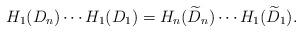
LaTeX: \begin{align*}H_1(D_n)\cdots H_1(D_1) = H_{n}(\widetilde{D}_n)\cdots H_{1}(\widetilde{D}_1).\end{align*}